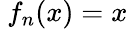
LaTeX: \ f_{n}(x)=x